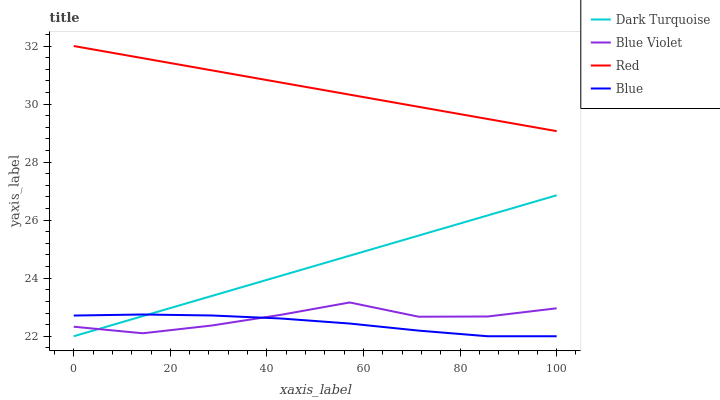
| xaxis_label | Dark Turquoise | Blue Violet | Red | Blue |
 | --- | --- | --- | --- | --- |
 | 0 | 22 | 22.3 | 32 | 22.7 |
 | 14.3 | 22.7 | 22.1 | 31.6 | 22.7 |
 | 28.6 | 23.4 | 22.4 | 31.2 | 22.7 |
 | 42.9 | 24.1 | 22.7 | 30.7 | 22.6 |
 | 57.1 | 24.8 | 23.2 | 30.3 | 22.4 |
 | 71.4 | 25.5 | 22.7 | 29.9 | 22.2 |
 | 85.7 | 26.2 | 22.7 | 29.5 | 22 |
 | 100 | 26.9 | 23 | 29.1 | 22 |